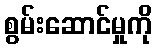
စွမ်းဆောင်မှုကို